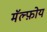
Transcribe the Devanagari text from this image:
मॅल्फ़ोय